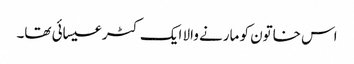
اس خاتون کو مارنے والا ایک کٹر عیسائی تھا۔